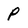
Character: p